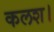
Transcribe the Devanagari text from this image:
कलश।